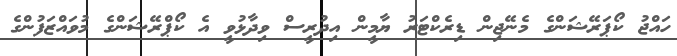
ހައްޖު ކޯޕަރޭޝަންގެ މެނޭޖިން ޑިރެކްޓަރު ޔާމީން އިދުރީސް ވިދާޅުވީ އެ ކޯޕްރޭޝަންގެ މުވައްޒަފުންގެ